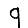
Digit: 9